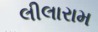
લીલારામ